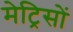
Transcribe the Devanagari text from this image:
मेट्रिसों